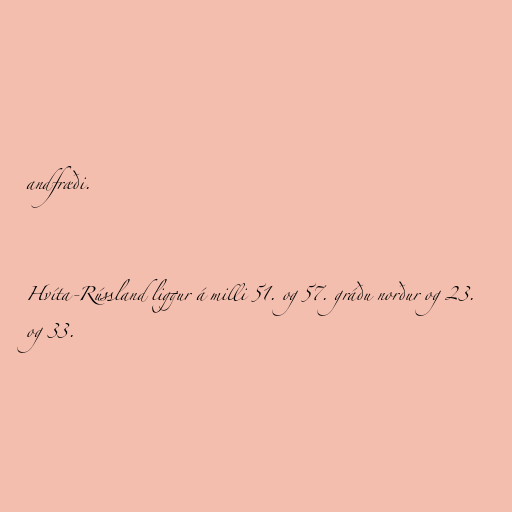
andfræði.

Hvíta-Rússland liggur á milli 51. og 57. gráðu norður og 23.
og 33.